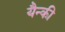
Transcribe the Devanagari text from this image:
यैन्की